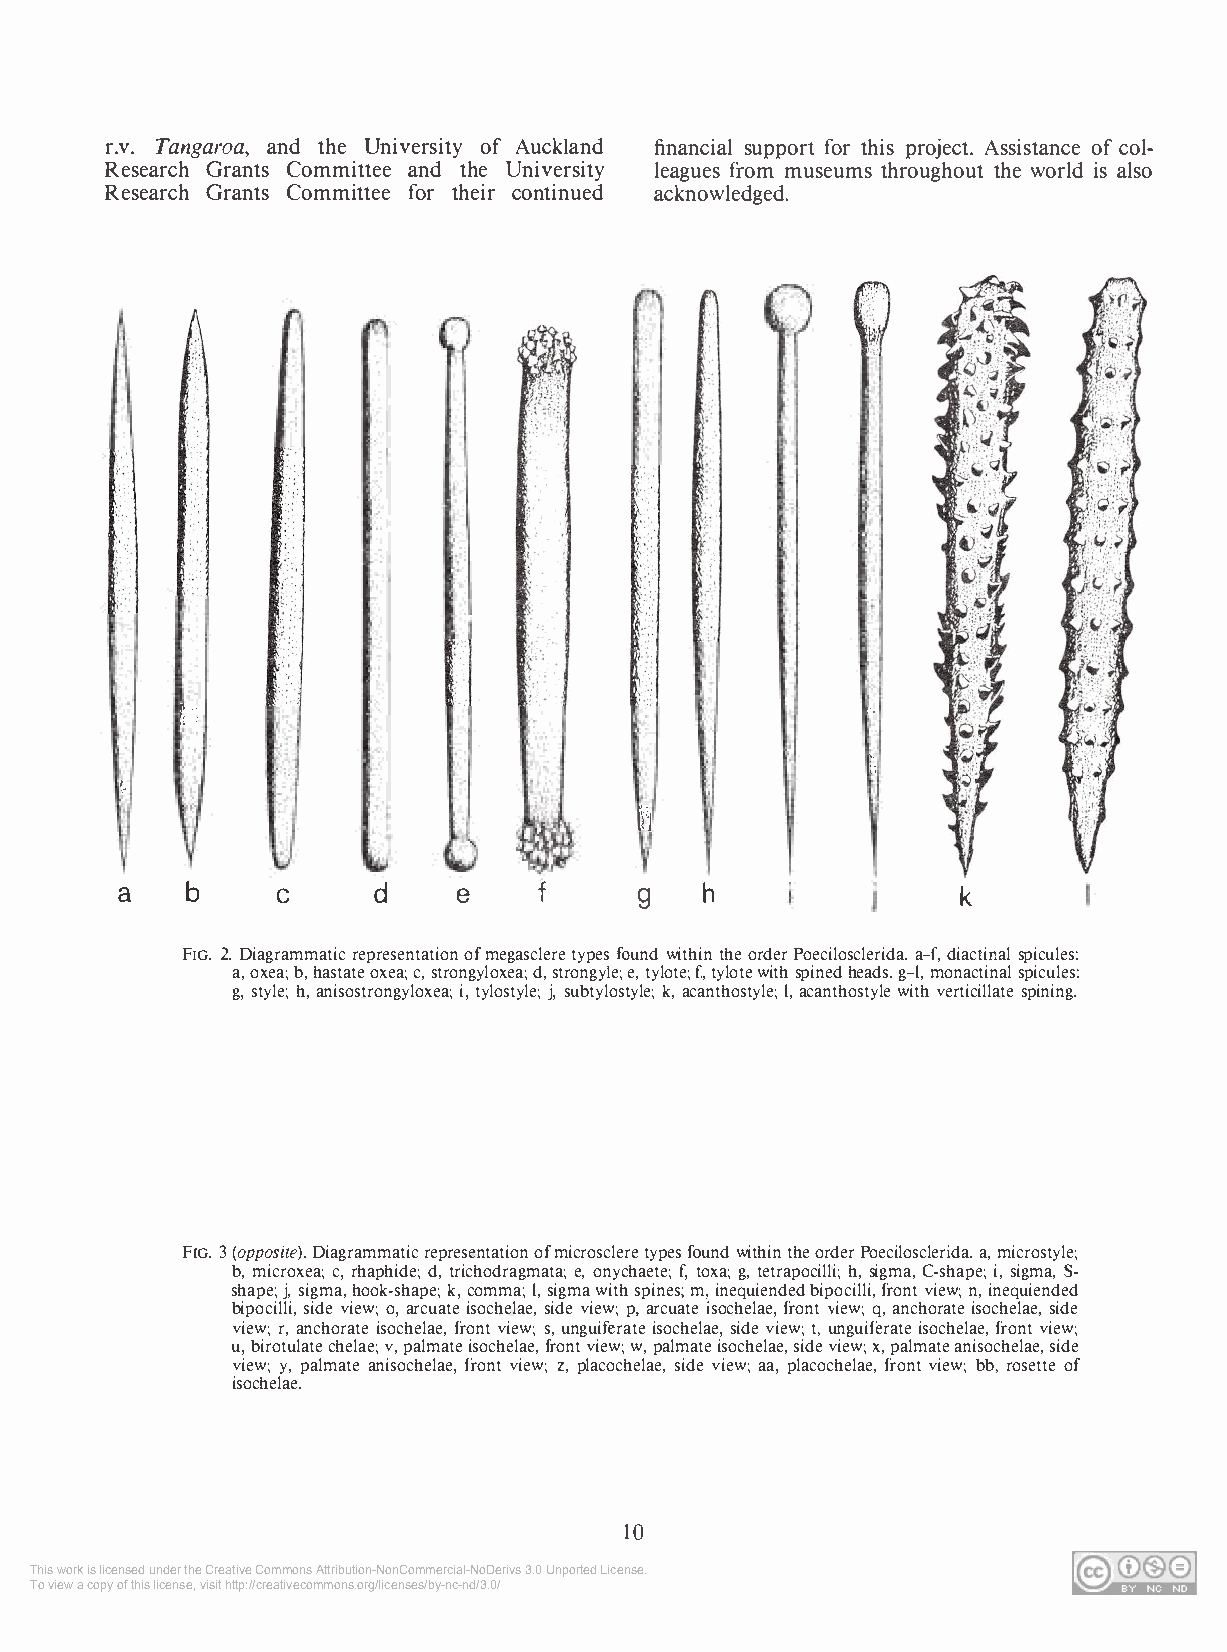
r.v. Tangraoaan,d the University of Auckland financial support for this project. Assistance of col­
 Research Grants Committee and the University leagues from museums throughout the world is also
 Research Grants Committee for their continued acknowledged.
 /i                                           1·.
 �-
 [.
 f
 a
 b     C      d    e     f     g    h                k
 FIG. 2. Diagrammatic representation of megasclere types found within the order Poecilosclerida. a-f, diactinal spicules:
 a, oxea; b, hastate oxea; c, strongyloxea; d, strongyle; e, tylote; f, tylote with spined heads. g-1, monactinal spicules:
 g, style; h, anisostrongyloxea; i, tylostyle; j, subtylostyle; k, acanthostyle; 1, acanthostyle with verticillate spining.
 FIG. 3 (opposite). Diagrammatic representation ofmicrosclere types found within the order Poecilosclerida. a, microstyle;
 b, microxea; c, rhaphide; d, trichodragmata; e, onychaete; f, toxa; g, tetrapocilli; h, sigma, C-shape; i, sigma, S­
 shape; j, sigma, hook-shape; k, comma; 1, sigma with spines; m, inequiended bipocilli, front view; n, inequiended
 bipocilli, side view; o, arcuate isochelae, side view; p, arcuate isochelae, front view; q, anchorate isochelae, side
 view; r, anchorate isochelae, front view; s, unguiferate isochelae, side view; t, unguiferate isochelae, front view;
 u, birotulate chelae; v, palmate isochelae, front view; w, palmate isochelae, side view; x, palmate anisochelae, side
 view; y, palmate anisochelae, front view; z, placochelae, side view; aa, placochelae, front view; bb, rosette of
 isochelae.
 10
 This work is licensed under the Creative Commons Attribution-NonCommercial-NoDerivs 3.0 Unported License.
 To view a copy of this license, visit http://creativecommons.org/licenses/by-nc-nd/3.0/